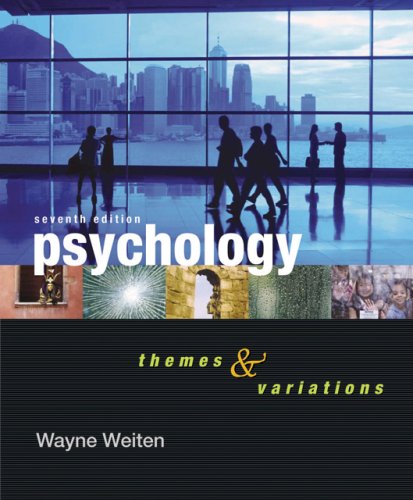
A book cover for Psychology: Themes and Variations; Wayne Weiten; Medical Books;